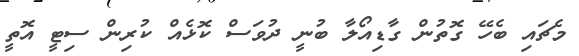
މެޗައި ބެހޭ ގޮތުން ގާޑިއޯލާ ބުނީ ދުވަސް ކޮޅެއް ކުރިން ސިޓީ އޮތީ